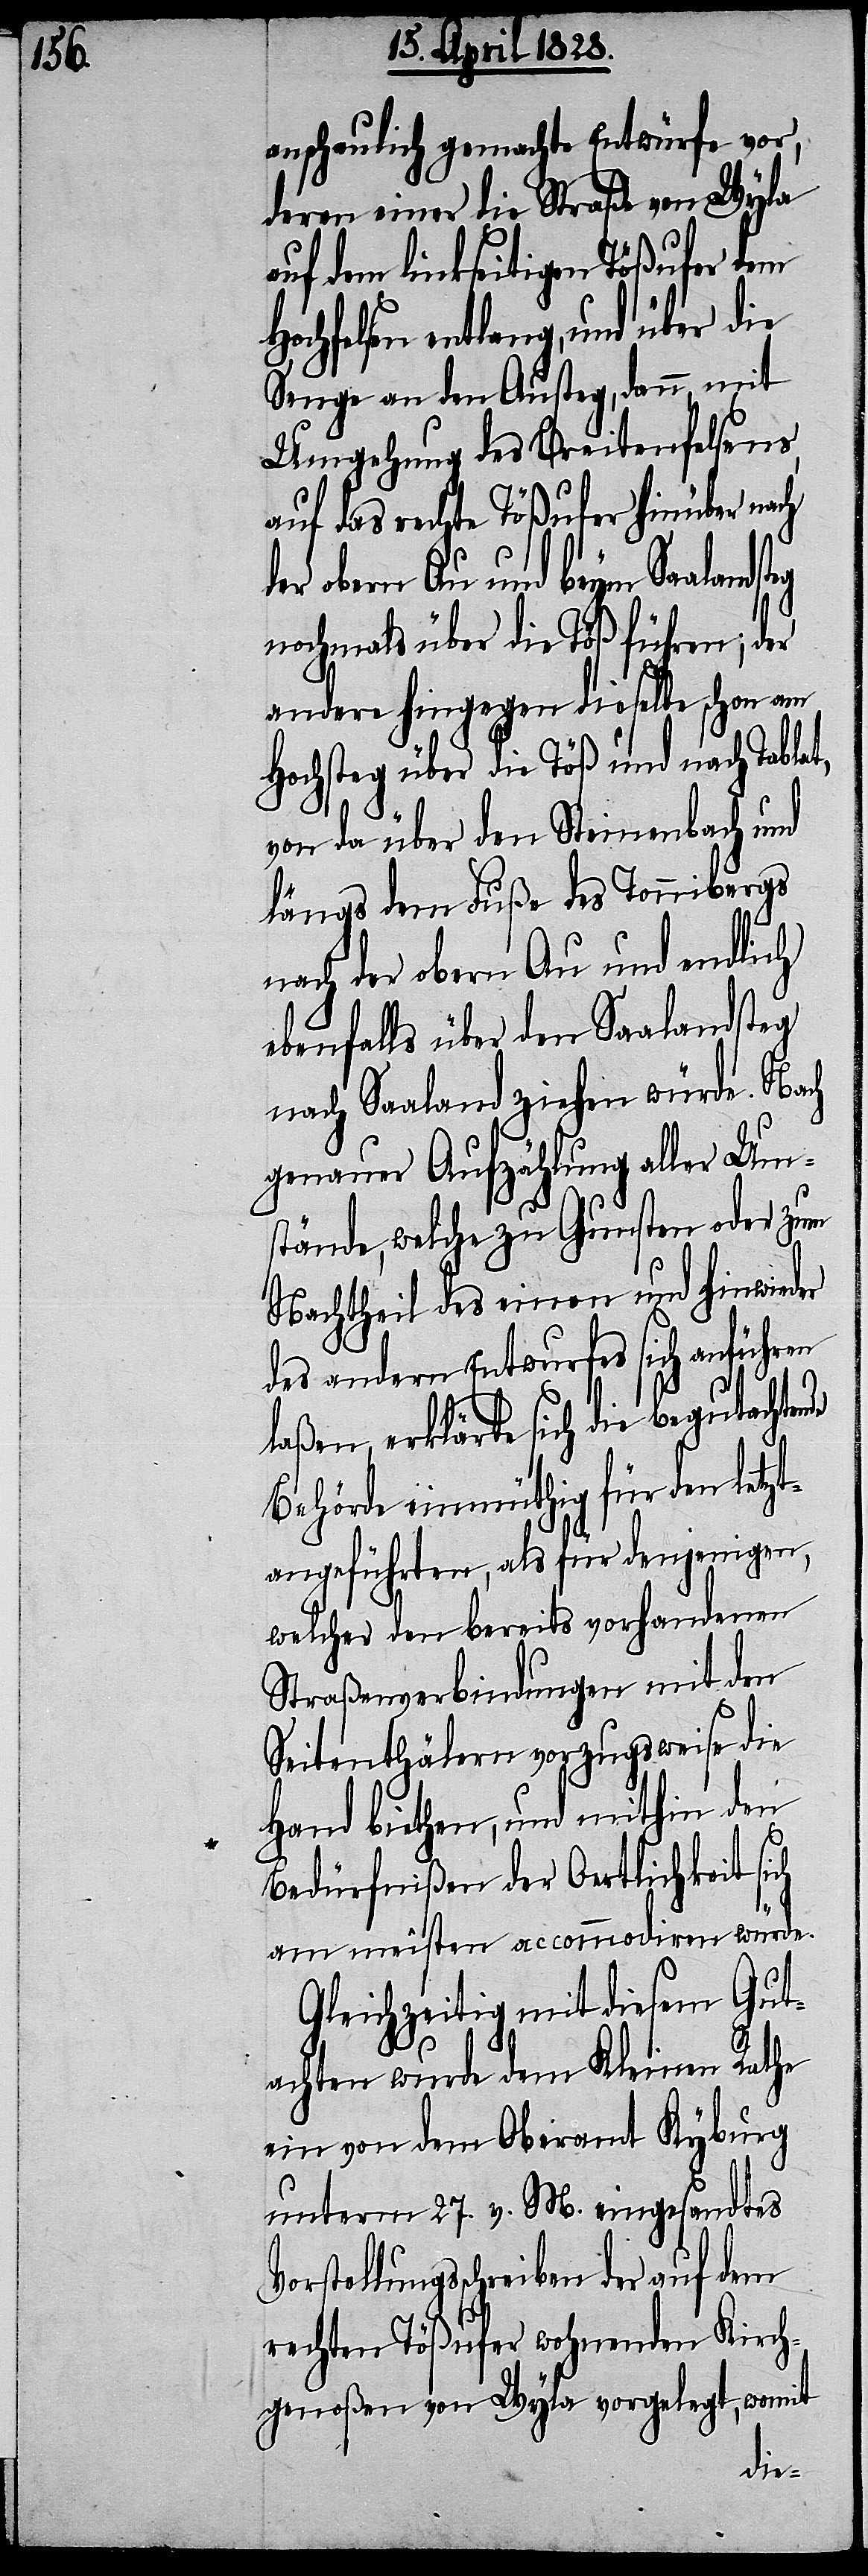
teg

anschaulich gemachte Entwürfe vor,
deren einer die Straße von Wyla
auf dem linkseitigen Tößufer dem
Hochfelsen entlang, und über die
Senge an den Austeg, dann, mit
Umgehung des Breitenfelsens,
auf das rechte Tößufer hinüber nach
der obern Au und beym Saalands¬
nochmals über die Töß führen; der
andere hingegen dieselbe schon am
Hochsteg über die Töß und nach Tablat,
Vo¬
von da über den Steinenbach und
längs dem Fuße des Tonnibergs
nach der obern Au und endlich
ebenfalls über den Saalandsteg
nach Saaland ziehen würde. Nach
genauer Aufzählung aller Um¬
stände, welche zu Gunsten oder zum
Nachtheil des einen und hinwieder
des andern Entwurfes sich anführen
laßen, erklärte sich die begutachtende
Behörde einmüthig für den letzt¬
angeführten, als für denjenigen,
welcher den bereits vorhandenen
Straßenverbindungen mit den
Seitenthälern vorzugsweise die
Hand biethen, und mithin den
Bedürfnißen der Oertlichkeit sich
am meisten accommodiren würde.
Gleichzeitig mit diesem Gut¬
achten wurde dem Kleinen Rathe
ein von dem Oberamt Kyburg
unterm 27. v. M. eingesandtes
rstellungsschreiben auf dem
rechten Tößufer wohnenden Kirch¬
genoßen von Wyla vorgelegt, womit